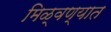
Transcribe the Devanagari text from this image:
मिळ्वण्यात